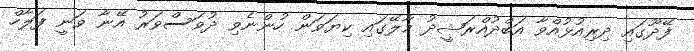
ފޭދޫގައި ދިރިއުޅުއްވާ އަބްދުއްރަޝީދު މާލޭގައި ކިޔަވަން ހުންނެވި ދުވަސްވަރު އޭނާ ވަނީ ފަލާހް